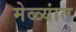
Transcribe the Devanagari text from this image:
मेळ्यांत